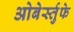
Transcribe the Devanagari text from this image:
ओबेर्स्तुफे